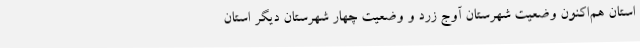
استان هم‌اکنون وضعیت شهرستان آوج زرد و وضعیت چهار شهرستان دیگر استان